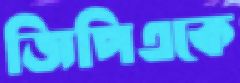
জিপিএকে